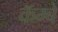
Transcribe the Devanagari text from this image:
कॅम्बे